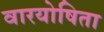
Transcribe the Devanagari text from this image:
वारयोषिता